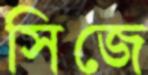
সিজে